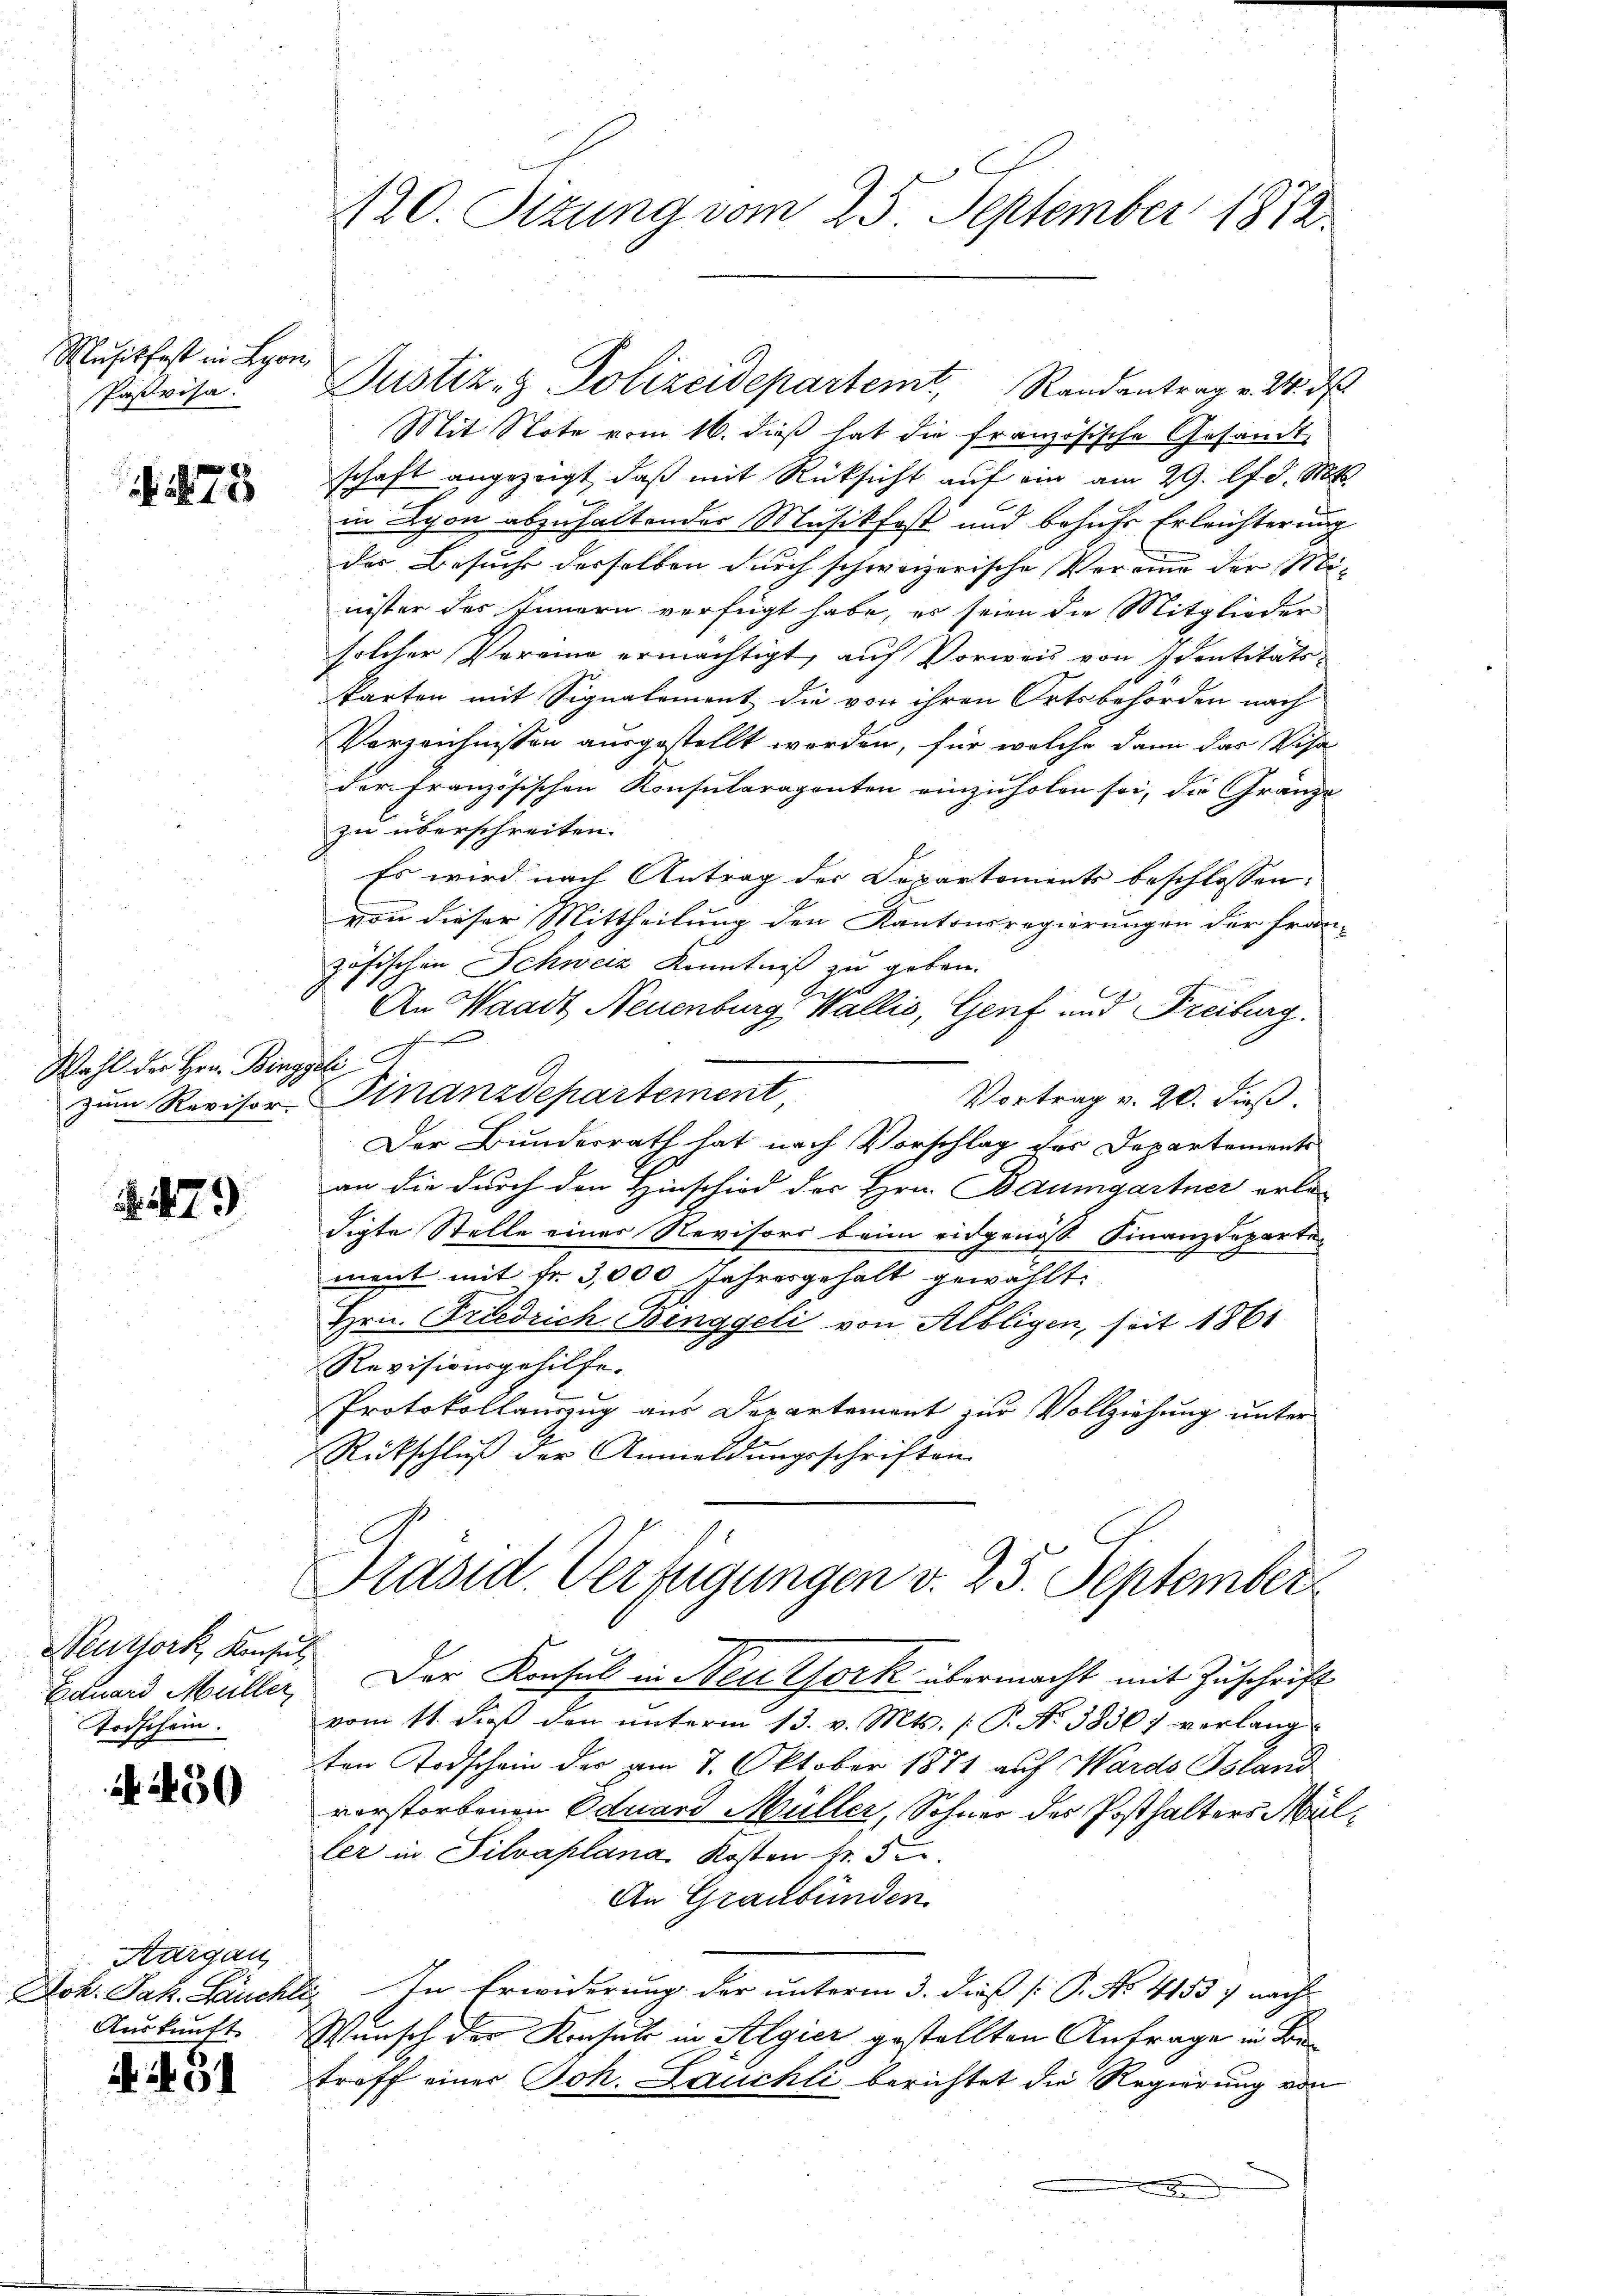
Musikfest in Lyon,
Pasvisa.

78

Wahl der Hrn. Binggeli

. 1479)

Neujork, Konsul
Todschein.

a 450

Aargau

451

Mit Note vom 16. dieß hat die französische Gesandt
schaft angezeigt, daß mit Rücksicht auf ein am 29. lt. d. Mts.
in Lyon abzuhaltender Musikfost und behufs Erleichterung
der Besuche desselben durch schweizerische Verand der Minister des Innern verfügt habe, er seien die Mitglieder
solcher Vereine ermächtigt, auf Vorweis von Identitätskarten mit Signalement die von ihren Ortsbehörden nach
Verzeichnissen ausgestellt werden, für welche dann das Visa
der französischen Konsularaganten einzuholen sei, die Gränze
zu überschreiten.
Es wird nach Antrag der Departements beschlossen:
von dieser Mittheilung den Kantonsregierungen der fran-
zösischen Schweiz Kenntniß zu geben.
An Waadt, Neuenburg, Wallis, Genf und Freiburg.
zum Revisor Finanzdepartement,
Vortrag v. 20. dieß.
Der Bundesrath hat nach Vorschlag des Departements
an die durch den Hinschied der Hrn. Baumgartner erle-
digte Stelle einer Revisors beim eidgenoss Finanzdeparte-
ment mit fr. 3,000 Jahresgehalt gewählt:
Hrn. Friedrich-Binggeli von Albligen, seit 1861
Revisionsgehilfe.
Protokollauszug aus Departement zur Vollziehung unter
Rückschluß der Anmeldungsschriften.
Präsid. Verfügungen v. 25. September
Eduard Müller, Der Konsul in Neutfork übermacht mit Zuschrift
vom 11. diβ den ŭnterm 13. v. Mts. (T. No 3836; verlang-
ten Todschein der am 8. Oktober 1871 auf Wards Bsland
vorstorbenen Eduard Müller, Sohner des Posthalters Müller in Silvaplana Kosten Fr. 5
An Graubünden.
Joh. Jak. Säuchli In Erwiderung der ŭnterm 3. dieβ (: P. No. 41537 nach
Auskunft. Wunsch der Konsuls in Algier gestellten Anfrage in Brietroff einer Joh. Lauchli berichtet die Regierung von

120. Sitzung vom 25. September 1872

Justiz- & Polizeidepartemt, Randantrag v. M. d